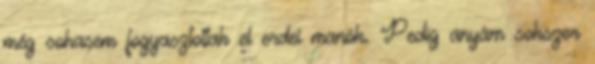
még sohasem fogyasztottak el erdei manók. Pedig anyám sokszor